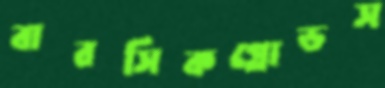
বারসিকগ্লোডস